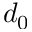
d _ { 0 }